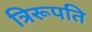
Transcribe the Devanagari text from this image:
त्रिरूपति